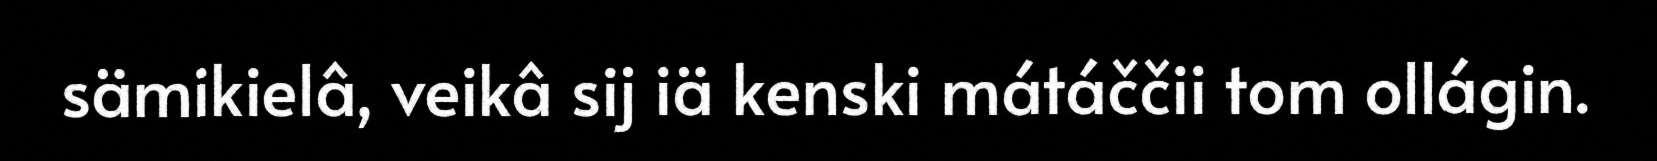
sämikielâ, veikâ sij iä kenski mátáččii tom ollágin.